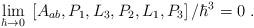
LaTeX: \begin{align*}\lim_{\hbar\rightarrow0}\;\left[ A_{ab},P_{1},L_{3},P_{2},L_{1},P_{3}\right]/\hbar^{3}=0\;.\end{align*}